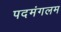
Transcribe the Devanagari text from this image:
पदमंगलम